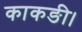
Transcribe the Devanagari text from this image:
काकङी।